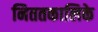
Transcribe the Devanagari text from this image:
निततकालिके